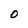
Character: O